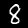
Digit: 8